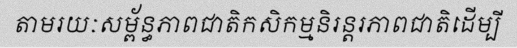
តាមរយៈសម្ព័ន្ធភាពជាតិកសិកម្មនិរន្តរភាពជាតិដើម្បី